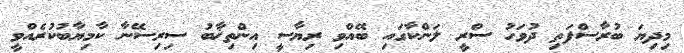
މިދިޔަ ބުރާސްފަތި ދުވަހު ސްރީ ލަންކާގައި ބޭއްވި ރިޔާސީ އިންތިޚާބު ސިރިސޭނާ ކާމިޔާބުކުރެއްވީ